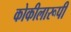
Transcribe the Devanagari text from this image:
कोकीलारूपी